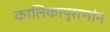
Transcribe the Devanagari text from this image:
कालिकापुराणांन